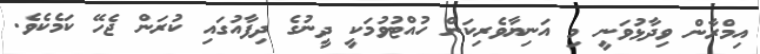
އިމްރާން ވިދާޅުވަނީ މި އަނިޔާވެރިކަން ހުއްޓުވުމަކީ ދީނުގެ ދިފާއުގައި ކުރަން ޖެހޭ ކަމެކެވެ.